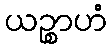
ယဉ္စာဟံ